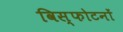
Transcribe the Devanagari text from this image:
विस्फोटनों